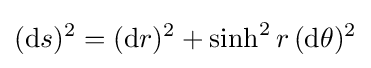
(\mathrm {d} s)^{2}=(\mathrm {d} r)^{2}+\sinh ^{2}r\,(\mathrm {d} \theta )^{2}